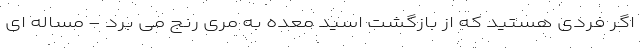
اگر فردی هستید که از بازگشت اسید معده به مری رنج می برد - مساله ای